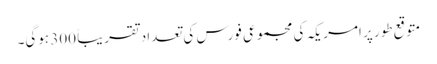
متوقع طور پر امریکہ کی مجموعی فورس کی تعداد تقریباً 300 ہوگی۔